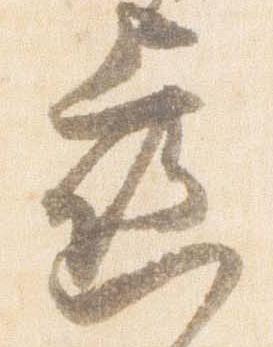
歯